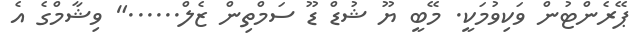
ޕޭރެންޓުން ވަކިވުމަކީ. މޭބީ ޔޫ ޝުޑް ޑޫ ސަމްތިން ޒެލް......" ވިޝާމްގެ އެ